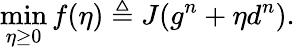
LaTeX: \operatorname*{min}_{\eta\ge 0}f(\eta)\triangleq J(g^{n}+\eta d^{n}).